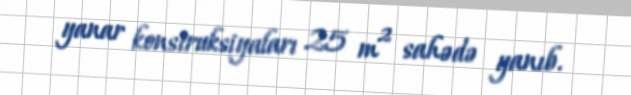
yanar konstruksiyaları 25 m² sahədə yanıb.